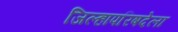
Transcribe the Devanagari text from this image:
जिल्हापरिषदेला